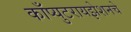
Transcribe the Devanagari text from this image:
काँप्युटरायझेशनचे